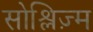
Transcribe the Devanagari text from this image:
सोश्लिज़्म